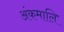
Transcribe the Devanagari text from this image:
अंकमालि